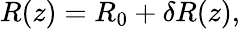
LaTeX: \begin{array}{r}{R(z)=R_{0}+\delta R(z),}\end{array}